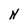
Character: N